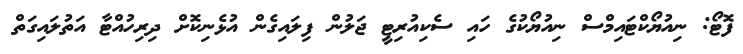
ފޮޓޯ: ނިއުޔޯކްޓައިމްސް ނިއުޔޯކުގެ ހައި ސެކިއުރިޓީ ޖަލުން ފިލައިގެން އުޅެނިކޮށް ދިރިހުއްޓާ އަތުލައިގަތް